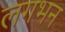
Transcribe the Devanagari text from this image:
लगभन